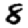
Digit: 8